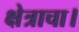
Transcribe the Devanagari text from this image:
क्षेत्राचा।